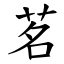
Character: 茗